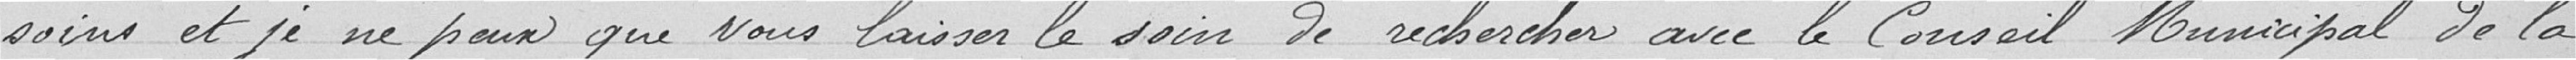
. Et je ne peux que vous laisser le soin de rechercher avec le conseil municipal de la